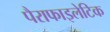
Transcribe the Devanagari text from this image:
पैराफाइलेटिक